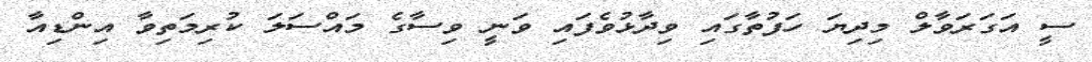
ސީ އަގަރަވާލް މިދިޔަ ހަފުތާގައި ވިދާޅުވެފައި ވަނީ ވިސާގެ މައްސަލަ ކުރިމަތިވާ އިންޑިއާ